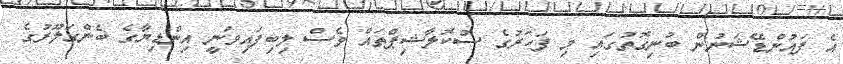
އެ ފައުންޑޭޝަނުން ބުނިގޮތުގައި މި ފަހަރުގެ ސްކޮލާޝިޕްތައް ވެސް ލިބިފައިވަނީ އިންޑިޔާގެ ބެންގަލޫރުގެ